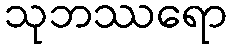
သုဘဿရော